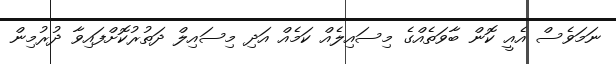
ނަމަވެސް އެއީ ކޮން ބާވަތެއްގެ މިސައިލެއް ކަމެއް އަދި މިސައިލް ދަތުރުކޮށްފައިވާ ދުރުމިން